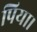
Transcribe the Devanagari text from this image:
पिया।